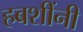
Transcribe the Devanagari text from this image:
हबशींनी